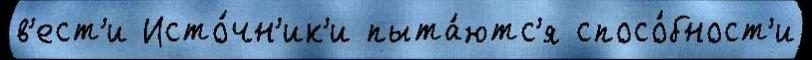
в'ест'и Исто́чн'ик'и пыта́ютс'я спосо́бност'и